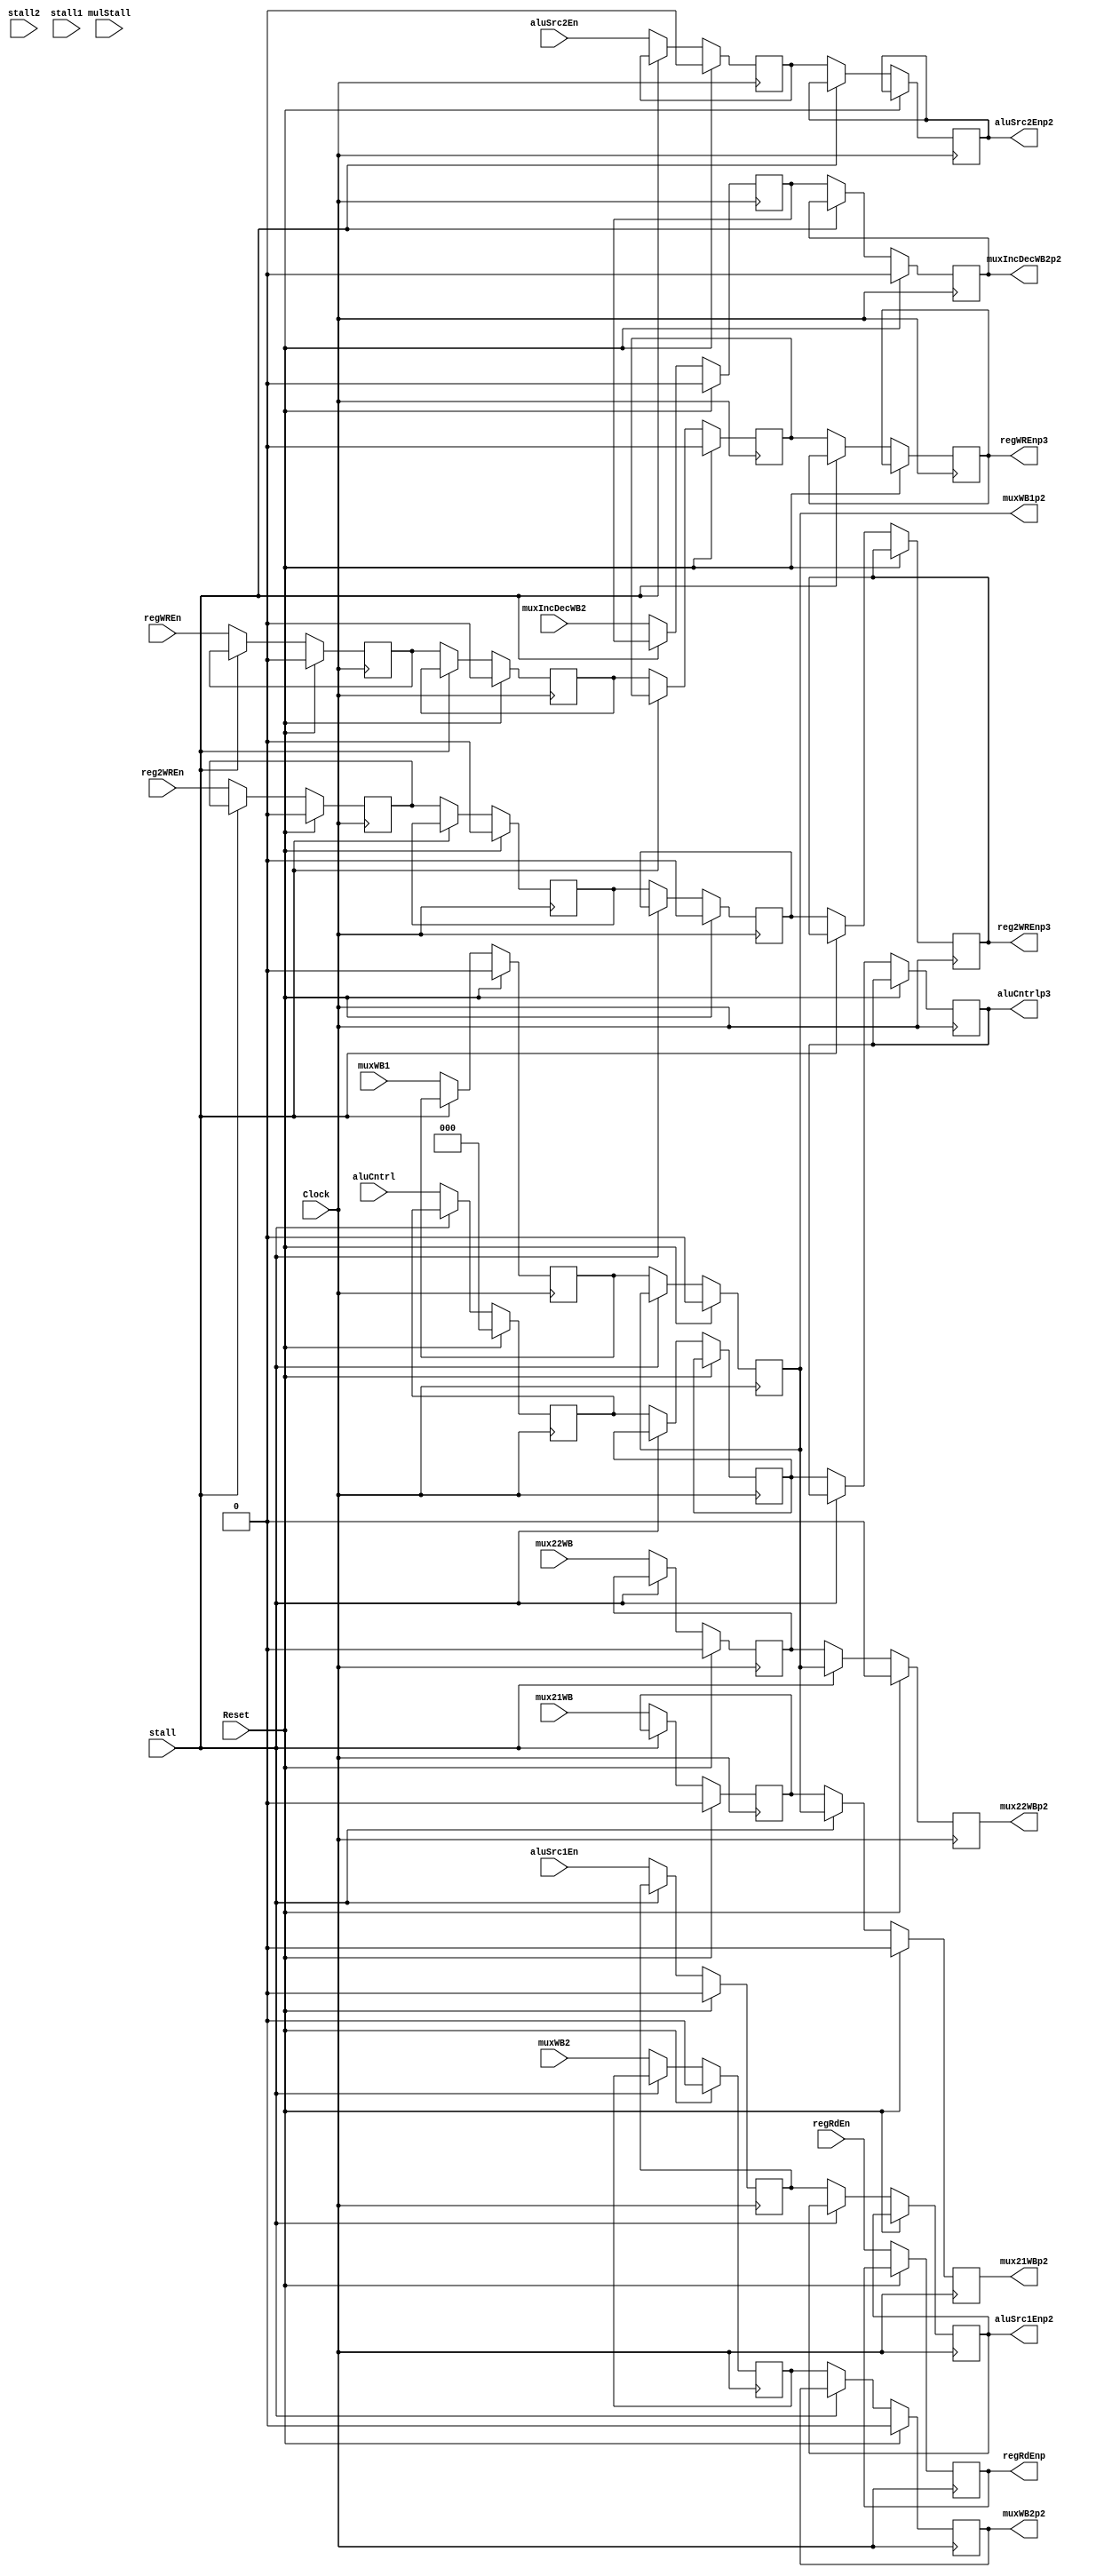
`timescale 1ns / 1ps
//////////////////////////////////////////////////////////////////////////////////
// Company: 
// Engineer: 
// 
// Design Name: 
// Module Name:    CntrlPipeline 
// Project Name: 
// Target Devices: 
// Tool versions: 
// Description: 
//
// Dependencies: 
//
// Revision: 
// Revision 0.01 - File Created
// Additional Comments: 
//
//////////////////////////////////////////////////////////////////////////////////
module CntrlPipeline(input Clock,Reset,aluSrc1En,aluSrc2En,muxWB1,muxIncDecWB2,muxWB2,mux21WB,mux22WB,regWREn,reg2WREn,regRdEn,mulStall,stall,stall2,stall1,input [2:0] aluCntrl,
							output reg aluSrc1Enp2,aluSrc2Enp2,muxIncDecWB2p2,muxWB2p2,muxWB1p2,mux21WBp2,mux22WBp2,regWREnp3,reg2WREnp3,regRdEnp,
							output reg[2:0] aluCntrlp3);


 reg aluSrc1EnTemp,muxWB2Temp,aluSrc2EnTemp,muxIncDecWB2Temp,muxWB1p2Temp,regWREnTemp,regWREnTemp1,
		regWREnTemp2,regWREnTemp4,reg2WREnTemp,reg2WREnTemp1,
		reg2WREnTemp2,reg2WREnTemp4,mux21temp,mux22temp;
		
 reg [2:0] aluCntrlTemp,aluCntrlp2;

 always @ (negedge Clock)
 begin
	if(Reset)
	begin
		aluSrc1EnTemp <= 0;
		aluSrc2EnTemp <= 0;
		aluCntrlTemp <= 0;
	end	
	else
	begin
	 	if(!stall)
		begin
			aluCntrlTemp <= aluCntrl;
			aluCntrlp2 <= aluCntrlTemp;
			aluCntrlp3 <= aluCntrlp2;
		 end
		 else
		 begin
			aluCntrlTemp <= aluCntrlTemp;
			aluCntrlp2 <= aluCntrlp2;
			aluCntrlp3 <= aluCntrlp3;
		 end	
		 
		 	if(!stall)
		begin		 
			aluSrc1EnTemp	<= aluSrc1En;
			aluSrc1Enp2 <= aluSrc1EnTemp;
		 
			aluSrc2EnTemp	<= aluSrc2En;
			aluSrc2Enp2 <= aluSrc2EnTemp;
		 end
		 else
		 begin
			aluSrc1EnTemp	<= aluSrc1EnTemp;
			aluSrc1Enp2 <= aluSrc1Enp2;
		 
			aluSrc2EnTemp	<= aluSrc2EnTemp;
			aluSrc2Enp2 <= aluSrc2Enp2;
		 end	
	end
 end		
 
 always @ (posedge Clock)
 begin
	if(Reset)
	begin
		muxIncDecWB2Temp <= 0;
		muxWB1p2Temp <= 0;
		muxWB2Temp <= 0;
		regWREnTemp <= 0;
		regWREnTemp1 <= 0;
		regWREnTemp2 <= 0;
		reg2WREnTemp <= 0;
		reg2WREnTemp1 <= 0;
		reg2WREnTemp2 <= 0;
		regWREnTemp4 <= 0;
		reg2WREnTemp4 <= 0;
		muxWB1p2 <= 0;
		muxWB2p2 <= 0;
		muxIncDecWB2p2 <= 0;
		mux21temp <= 0;
		mux22temp <= 0;
		mux21WBp2 <= 0;
		mux22WBp2 <= 0;
	end	
	else
	begin
		if(!stall)
		begin
			regWREnTemp <= regWREn;
			regWREnTemp1 <= regWREnTemp;
			regWREnTemp2 <= regWREnTemp1;
			//regWREnTemp4 <= regWREnTemp2;
			regWREnp3 <= regWREnTemp2;
			
			reg2WREnTemp <= reg2WREn;
			reg2WREnTemp1 <= reg2WREnTemp;
			reg2WREnTemp2 <= reg2WREnTemp1;
			//reg2WREnTemp4 <= reg2WREnTemp2;
			reg2WREnp3 <= reg2WREnTemp2;			
		end
		else
		begin
			regWREnTemp <= regWREnTemp;
			regWREnTemp1 <= regWREnTemp1;
			regWREnTemp2 <= regWREnTemp2;
			regWREnp3 <= regWREnp3;
			
			reg2WREnTemp <= reg2WREnTemp;
			reg2WREnTemp1 <= reg2WREnTemp1;
			reg2WREnTemp2 <= reg2WREnTemp2;
			reg2WREnp3 <= reg2WREnp3;
		end
		
		if(!stall)
		begin
			muxIncDecWB2Temp <= muxIncDecWB2;
			muxIncDecWB2p2 <= muxIncDecWB2Temp;
		 
			muxWB2Temp <= muxWB2;
			muxWB2p2 <= muxWB2Temp;
		 
			muxWB1p2Temp <= muxWB1;
			muxWB1p2 <= muxWB1p2Temp;
			
			mux21temp <= mux21WB;
			mux21WBp2 <= mux21temp;
			
			mux22temp <= mux22WB;
			mux22WBp2 <= mux22temp;
			
			regRdEnp <= regRdEn;
		end
		else
		begin
			muxIncDecWB2Temp <= muxIncDecWB2Temp;
			muxIncDecWB2p2 <= muxIncDecWB2p2;
		 
			muxWB2Temp <= muxWB2Temp;
			muxWB2p2 <= muxWB2p2;
		 
			muxWB1p2Temp <= muxWB1p2Temp;
			muxWB1p2 <= muxWB1p2;
			
			mux21temp <= mux21temp;
			mux21WBp2 <= muxWB1p2;
			
			mux22temp <= mux22temp;
			mux22WBp2 <= muxWB1p2;
			
			regRdEnp <= regRdEn;
		end
		
		
	end		 
 end

endmodule